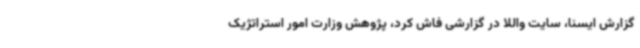
گزارش ایسنا، سایت واللا در گزارشی فاش کرد، پژوهش وزارت امور استراتژیک